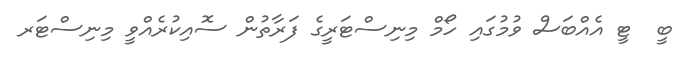
ބީ  ޓީ އެއްބަސް ވުމުގައި ހޯމް މިނިސްޓަރީގެ ފަރާތުން ސޮއިކުރެއްވީ މިނިސްޓަރ